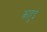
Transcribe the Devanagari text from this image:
काहुई